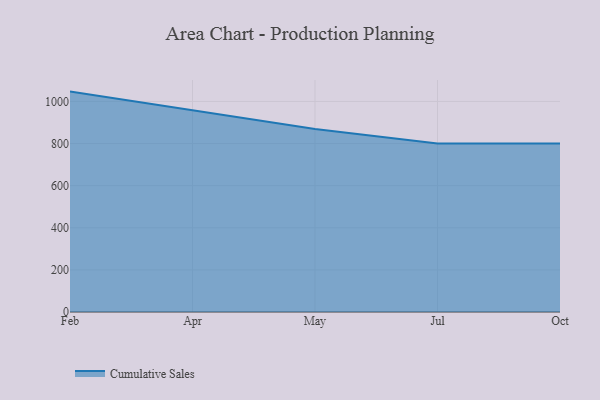
{"axis": {"x": "Month", "y": "Shipments"}, "legend": ["Cumulative Sales"], "data": [{"x": "Feb", "y": 1046.8, "type": "Cumulative Sales"}, {"x": "Apr", "y": 958.0, "type": "Cumulative Sales"}, {"x": "May", "y": 869.1, "type": "Cumulative Sales"}, {"x": "Jul", "y": 800, "type": "Cumulative Sales"}, {"x": "Oct", "y": 800, "type": "Cumulative Sales"}]}